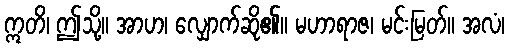
ဣတိ၊ ဤသို့။ အာဟ၊ လျှောက်ဆို၏။ မဟာရာဇ၊ မင်းမြတ်။ အလံ၊